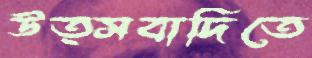
উত্সবাদিতে